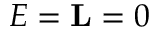
E = { \bf L } = 0